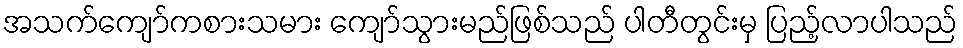
အသက်ကျော်ကစားသမား ကျော်သွားမည်ဖြစ်သည် ပါတီတွင်းမှ ပြည့်လာပါသည်